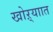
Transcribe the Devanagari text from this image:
खोऱ्याात